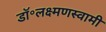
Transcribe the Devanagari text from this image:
डॉ॰लक्ष्मणस्वामी